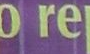
o re